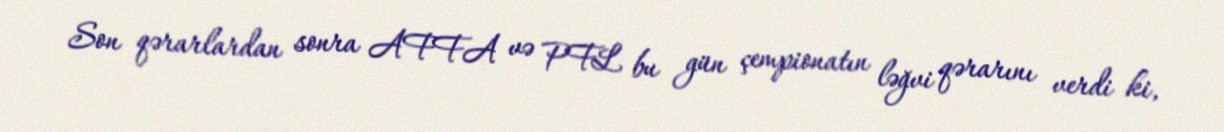
Son qərarlardan sonra AFFA və PFL bu gün çempionatın ləğvi qərarını verdi ki,